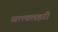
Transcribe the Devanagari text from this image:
सत्त्वलहरी